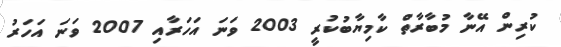
ކުރިން އޭނާ މުބާރާތް ކާމިޔާބުކުރީ 2003 ވަނަ އަހަރާއި 2007 ވަނަ އަހަރު